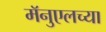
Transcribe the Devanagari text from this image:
मॅनुएलच्या